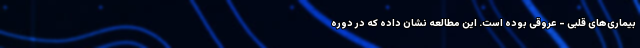
بیماری‌های قلبی - عروقی بوده است. این مطالعه نشان داده که در دوره